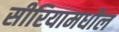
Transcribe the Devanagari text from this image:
सीरियामधील